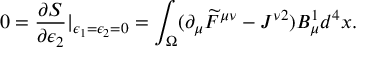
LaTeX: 0 = \frac { \partial S } { \partial \epsilon _ { 2 } } | _ { \epsilon _ { 1 } = \epsilon _ { 2 } = 0 } = \int _ { \Omega } ( \partial _ { \mu } \widetilde { F } ^ { \mu \nu } - J ^ { \nu 2 } ) B _ { \mu } ^ { 1 } d ^ { 4 } x .